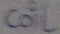
Text: coil